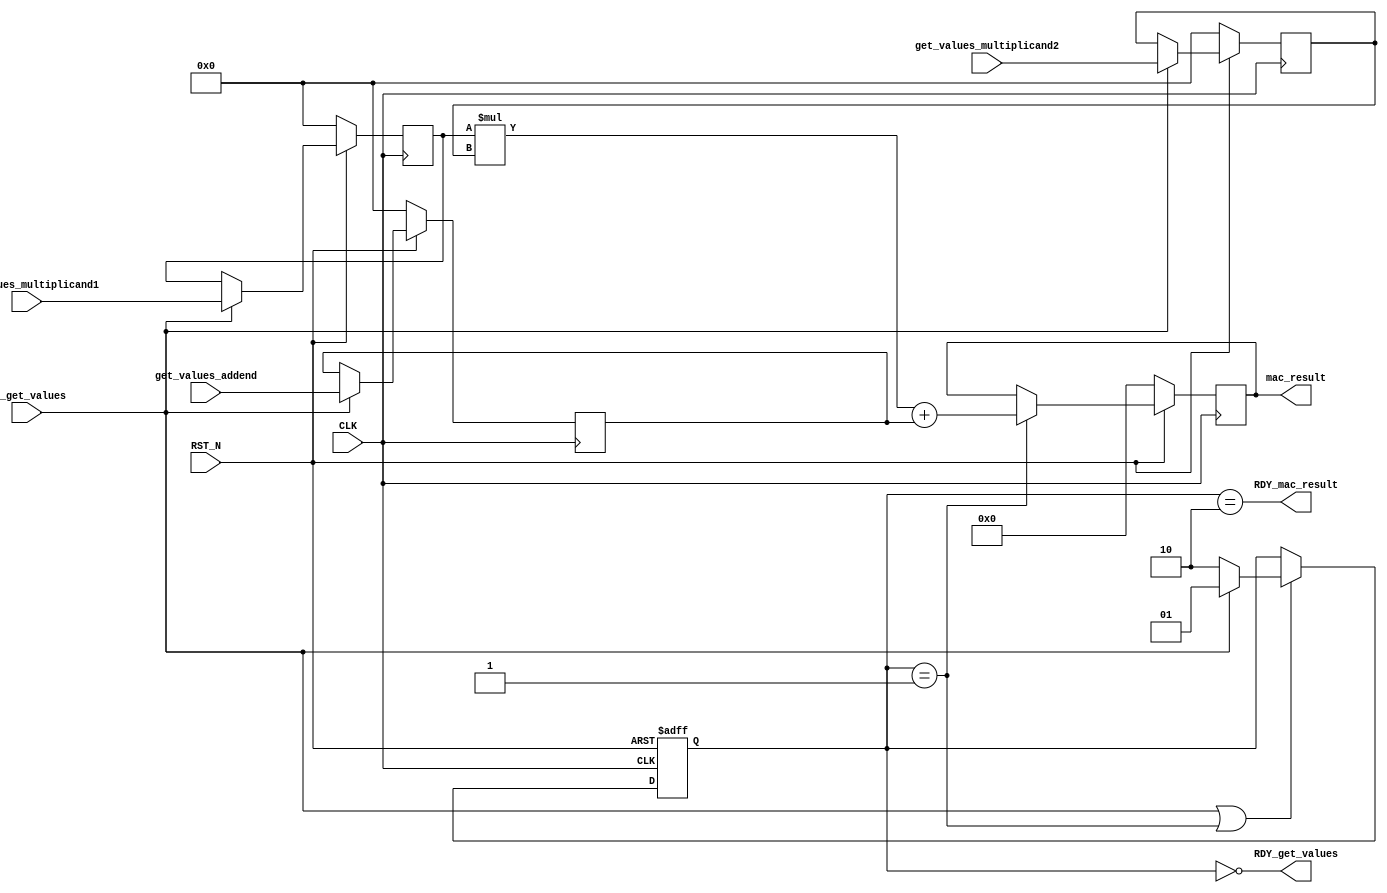
//
// Generated by Bluespec Compiler, version 2021.12.1 (build fd501401)
//
// On Mon Mar 27 02:37:42 IST 2023
//
//
// Ports:
// Name                         I/O  size props
// RDY_get_values                 O     1
// mac_result                     O    64 reg
// RDY_mac_result                 O     1
// CLK                            I     1 clock
// RST_N                          I     1 reset
// get_values_multiplicand1       I    32 reg
// get_values_multiplicand2       I    32 reg
// get_values_addend              I    32 reg
// EN_get_values                  I     1
//
// No combinational paths from inputs to outputs
//
//

`ifdef BSV_ASSIGNMENT_DELAY
`else
  `define BSV_ASSIGNMENT_DELAY
`endif

`ifdef BSV_POSITIVE_RESET
  `define BSV_RESET_VALUE 1'b1
  `define BSV_RESET_EDGE posedge
`else
  `define BSV_RESET_VALUE 1'b0
  `define BSV_RESET_EDGE negedge
`endif

module mkmac32(CLK,
	       RST_N,

	       get_values_multiplicand1,
	       get_values_multiplicand2,
	       get_values_addend,
	       EN_get_values,
	       RDY_get_values,

	       mac_result,
	       RDY_mac_result);
  input  CLK;
  input  RST_N;

  // action method get_values
  input  [31 : 0] get_values_multiplicand1;
  input  [31 : 0] get_values_multiplicand2;
  input  [31 : 0] get_values_addend;
  input  EN_get_values;
  output RDY_get_values;

  // value method mac_result
  output [63 : 0] mac_result;
  output RDY_mac_result;

  // signals for module outputs
  wire [63 : 0] mac_result;
  wire RDY_get_values, RDY_mac_result;

  // register a
  reg [31 : 0] a;
  wire [31 : 0] a$D_IN;
  wire a$EN;

  // register isReady
  reg [1 : 0] isReady;
  wire [1 : 0] isReady$D_IN;
  wire isReady$EN;

  // register m1
  reg [31 : 0] m1;
  wire [31 : 0] m1$D_IN;
  wire m1$EN;

  // register m2
  reg [31 : 0] m2;
  wire [31 : 0] m2$D_IN;
  wire m2$EN;

  // register resmac
  reg [63 : 0] resmac;
  wire [63 : 0] resmac$D_IN;
  wire resmac$EN;

  // rule scheduling signals
  wire CAN_FIRE_RL_compute_mac32,
       CAN_FIRE_get_values,
       WILL_FIRE_RL_compute_mac32,
       WILL_FIRE_get_values;

  // remaining internal signals
  wire [127 : 0] _0_CONCAT_m1_MUL_0_CONCAT_m2___d7;
  wire [63 : 0] x__h250, y__h249, y__h251;

  // action method get_values
  assign RDY_get_values = isReady == 2'd0 ;
  assign CAN_FIRE_get_values = isReady == 2'd0 ;
  assign WILL_FIRE_get_values = EN_get_values ;

  // value method mac_result
  assign mac_result = resmac ;
  assign RDY_mac_result = isReady == 2'd2 ;

  // rule RL_compute_mac32
  assign CAN_FIRE_RL_compute_mac32 = isReady == 2'd1 ;
  assign WILL_FIRE_RL_compute_mac32 = CAN_FIRE_RL_compute_mac32 ;

  // register a
  assign a$D_IN = get_values_addend ;
  assign a$EN = EN_get_values ;

  // register isReady
  assign isReady$D_IN = EN_get_values ? 2'd1 : 2'd2 ;
  assign isReady$EN = EN_get_values || WILL_FIRE_RL_compute_mac32 ;

  // register m1
  assign m1$D_IN = get_values_multiplicand1 ;
  assign m1$EN = EN_get_values ;

  // register m2
  assign m2$D_IN = get_values_multiplicand2 ;
  assign m2$EN = EN_get_values ;

  // register resmac
  assign resmac$D_IN = _0_CONCAT_m1_MUL_0_CONCAT_m2___d7[63:0] + y__h249 ;
  assign resmac$EN = CAN_FIRE_RL_compute_mac32 ;

  // remaining internal signals
  assign _0_CONCAT_m1_MUL_0_CONCAT_m2___d7 = x__h250 * y__h251 ;
  assign x__h250 = { 32'd0, m1 } ;
  assign y__h249 = { 32'd0, a } ;
  assign y__h251 = { 32'd0, m2 } ;

  // handling of inlined registers

  always@(posedge CLK)
  begin
    if (RST_N == `BSV_RESET_VALUE)
      begin
        a <= `BSV_ASSIGNMENT_DELAY 32'd0;
	m1 <= `BSV_ASSIGNMENT_DELAY 32'd0;
	m2 <= `BSV_ASSIGNMENT_DELAY 32'd0;
	resmac <= `BSV_ASSIGNMENT_DELAY 64'd0;
      end
    else
      begin
        if (a$EN) a <= `BSV_ASSIGNMENT_DELAY a$D_IN;
	if (m1$EN) m1 <= `BSV_ASSIGNMENT_DELAY m1$D_IN;
	if (m2$EN) m2 <= `BSV_ASSIGNMENT_DELAY m2$D_IN;
	if (resmac$EN) resmac <= `BSV_ASSIGNMENT_DELAY resmac$D_IN;
      end
  end

  always@(posedge CLK or `BSV_RESET_EDGE RST_N)
  if (RST_N == `BSV_RESET_VALUE)
    begin
      isReady <= `BSV_ASSIGNMENT_DELAY 2'd0;
    end
  else
    begin
      if (isReady$EN) isReady <= `BSV_ASSIGNMENT_DELAY isReady$D_IN;
    end

  // synopsys translate_off
  `ifdef BSV_NO_INITIAL_BLOCKS
  `else // not BSV_NO_INITIAL_BLOCKS
  initial
  begin
    a = 32'hAAAAAAAA;
    isReady = 2'h2;
    m1 = 32'hAAAAAAAA;
    m2 = 32'hAAAAAAAA;
    resmac = 64'hAAAAAAAAAAAAAAAA;
  end
  `endif // BSV_NO_INITIAL_BLOCKS
  // synopsys translate_on
endmodule  // mkmac32